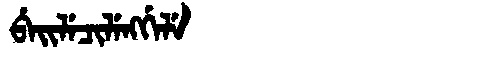
Manchu: ᠪᡝᡳᠯᡝᠴᡳᠯᡝᠩᡤᡝᠯᡝ
Romanization: BEILECILENGGELE